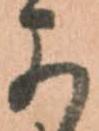
可